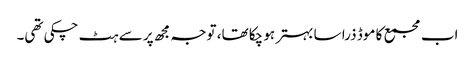
اب مجمع کا موڈ ذرا سا بہتر ہو چکا تھا، توجہ مجھ پر سے ہٹ چکی تھی۔